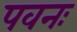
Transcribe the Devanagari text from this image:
पवनः